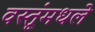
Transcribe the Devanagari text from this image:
वस्तूंमधले